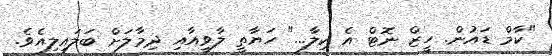
"ކާމް ޑައުން. ހީޒް ނޮޓް އެ ކިލާ..." ހަޔާތީ ލާވީއާއި ދިމާލަށް ބަލައިލިއެވެ.